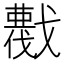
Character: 𢨖